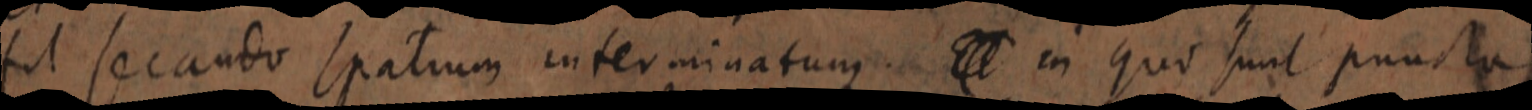
fit secando spatium interminatum. Et in quo sunt puncta